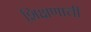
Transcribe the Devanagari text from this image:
शि़क्षणाची